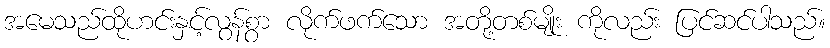
အမေသည်ထိုဟင်းနှင့်လွန်စွာ လိုက်ဖက်သော အတို့တစ်မျိုး ကိုလည်း ပြင်ဆင်ပါသည်။